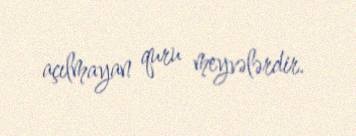
açılmayan quru meyvələrdir.